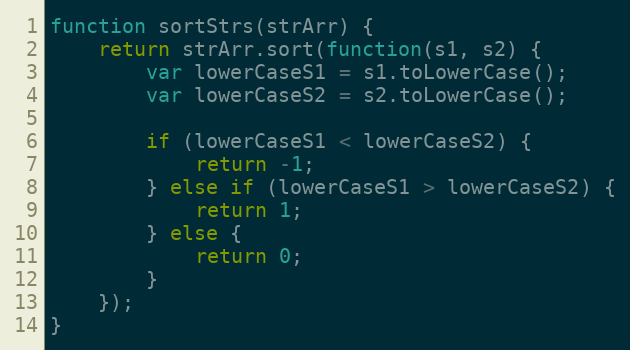
Language: JavaScript
function sortStrs(strArr) {
    return strArr.sort(function(s1, s2) {
        var lowerCaseS1 = s1.toLowerCase();
        var lowerCaseS2 = s2.toLowerCase();

        if (lowerCaseS1 < lowerCaseS2) {
            return -1;
        } else if (lowerCaseS1 > lowerCaseS2) {
            return 1;
        } else {
            return 0;
        }
    });
}